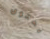
يحتوى